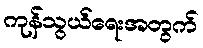
ကုန်သွယ်ရေးအတွက်